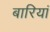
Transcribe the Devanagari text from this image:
बारियां